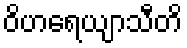
ဝိဟရေယျာသီတိ